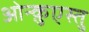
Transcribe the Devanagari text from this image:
ओन्क़ुएस्तु